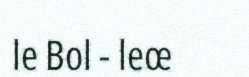
le Bol - leœ